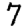
Digit: 7